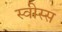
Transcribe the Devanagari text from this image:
स्वीस्स